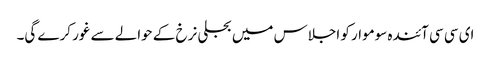
ای سی سی آئندہ سوموار کو اجلاس میں بجلی نرخ کے حوالے سے غور کرے گی۔